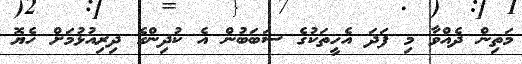
މަތިން ދެއްވާ މި ފަދަ އެހީތަކުގެ ސަބަބުން އެ ކުދިންގެ ދިރިއުޅުމަށް ހެޔޮ